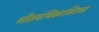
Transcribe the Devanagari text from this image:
गीतपथिकाभिराम